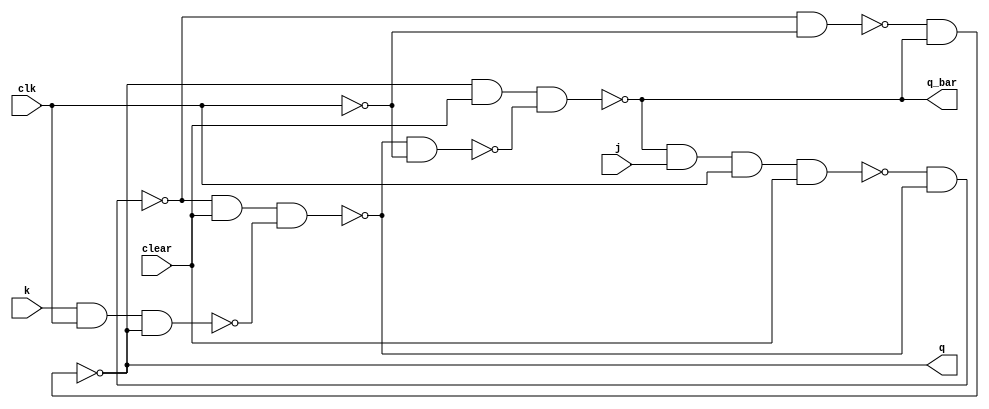

//0000->1101->1011->1001->0110->1100->0011->1111->0000

module j_k_ff(q, q_bar, j, k, clear, clk);
	input j, k, clear, clk;
	output q, q_bar;
	wire a, b, c, d, y, y_bar, c_bar;
	nand(a, q_bar, j, clk, clear);
	nand(b, k, clk, q);
	nand(y, a, y_bar);
	nand(y_bar, y, clear, b);
	not(c_bar, clk);
	nand(c, y, c_bar);
	nand(d, y_bar, c_bar);
	nand(q, c, q_bar);
	nand(q_bar, q, clear, d);
endmodule

module Random_se_Counter(q,clear,clk);

input clear,clk;
output [3:0] q;

wire ja,ka,jb,kb,jc,kc,jd,kd;

assign ja=(~q[1]&~(q[3]^q[2]));
assign ka=(~q[2]&~q[1]|~q[3]&q[2]|q[2]&q[1]);
j_k_ff A(q[0], ,ja,ka,clear,clk);


assign jb=(q[3]&(q[0]|q[2]));
assign kb=(q[2]|q[3]|(q[1]&~q[0]));
j_k_ff B(q[1], ,jb,kb,clear,clk);

assign jc=((~q[3]&~(q[0]^q[1]))|(~q[1]&q[0]&q[3]));
assign kc=(~q[1]|q[3]|(~q[3]&q[0]));
j_k_ff C(q[2], ,jc,kc,clear,clk);


assign jd=((q[2]&q[1]&~q[0])|(~q[0]&~q[1]&~q[2]&~q[3])|(q[0]&q[1]&~q[2]&~q[3]));
assign kd=((q[1]&~q[0])|(q[0]&q[1]&q[2])|(~q[0]&~q[1])|(q[3]&~q[2]&~q[1]));
j_k_ff D(q[3], ,jd,kd,clear,clk);



endmodule